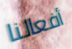
أفعالنا